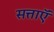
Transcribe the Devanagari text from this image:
सत्ताऍं